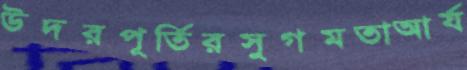
উদরপূর্তিরসুগমতাআর্য